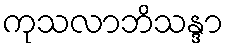
ကုသလာဘိသန္ဒာ